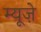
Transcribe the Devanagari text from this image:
म्यूज़े